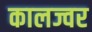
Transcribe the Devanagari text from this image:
कालज्वर